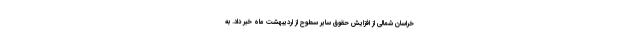
خراسان شمالی از افزایش حقوق سایر سطوح از اردیبهشت ماه خبر داد. به